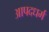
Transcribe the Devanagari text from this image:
आपदधर्म